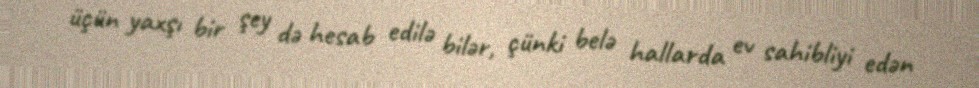
üçün yaxşı bir şey də hesab edilə bilər, çünki belə hallarda ev sahibliyi edən